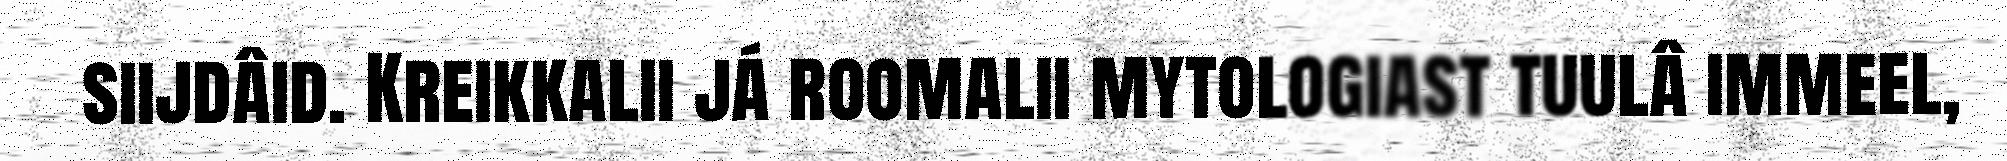
siijdâid. Kreikkalii já roomalii mytologiast tuulâ immeel,